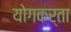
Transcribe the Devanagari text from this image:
योगकर्ता